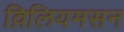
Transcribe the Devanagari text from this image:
व़िलियमसन